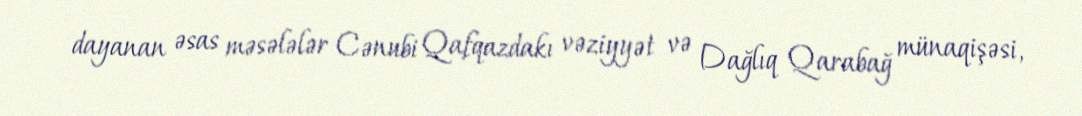
dayanan əsas məsələlər Cənubi Qafqazdakı vəziyyət və Dağlıq Qarabağ münaqişəsi,